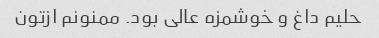
حلیم داغ و خوشمزه عالی بود. ممنونم ازتون